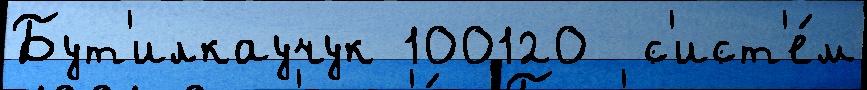
Бут'илкаучук 100120  с'ист'е́м